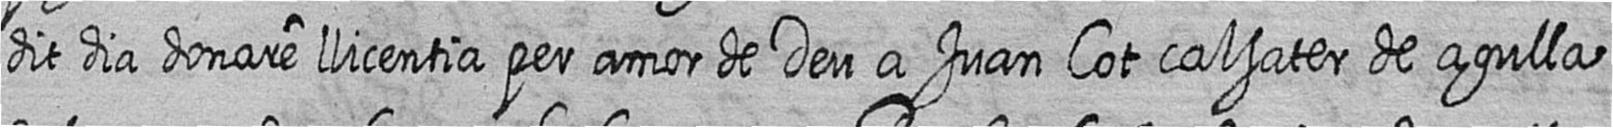
dit dia donare llicentia per amor de Deu a Juan Cot calsater de agulla